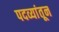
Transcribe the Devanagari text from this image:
पदव्यांतून